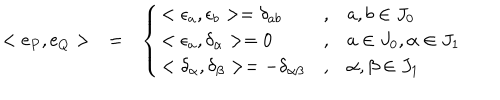
\begin{array} { l l l } { { < \mathrm { e } _ { P } , \mathrm { e } _ { Q } > } } & { { = } } & { { \left\{ \begin{array} { l l l } { { < \epsilon _ { a } , \epsilon _ { b } > = \delta _ { a b } } } & { { , } } & { { a , b \in J _ { 0 } } } \\ { { < \epsilon _ { a } , \delta _ { \alpha } > = 0 } } & { { , } } & { { a \in J _ { 0 } , \alpha \in J _ { 1 } } } \\ { { < \delta _ { \alpha } , \delta _ { \beta } > = - \delta _ { \alpha \beta } } } & { { , } } & { { \alpha , \beta \in J _ { 1 } } } \\ \end{array} \right. } } \\ \end{array}